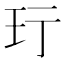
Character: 𬍐